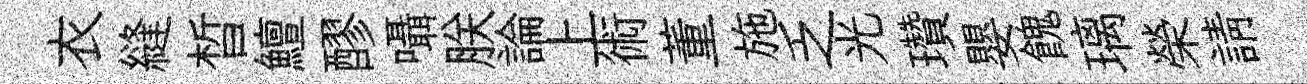
衣縫晳鱣醪囁朕論上術董施乏光瓚嬰餽璃榮請